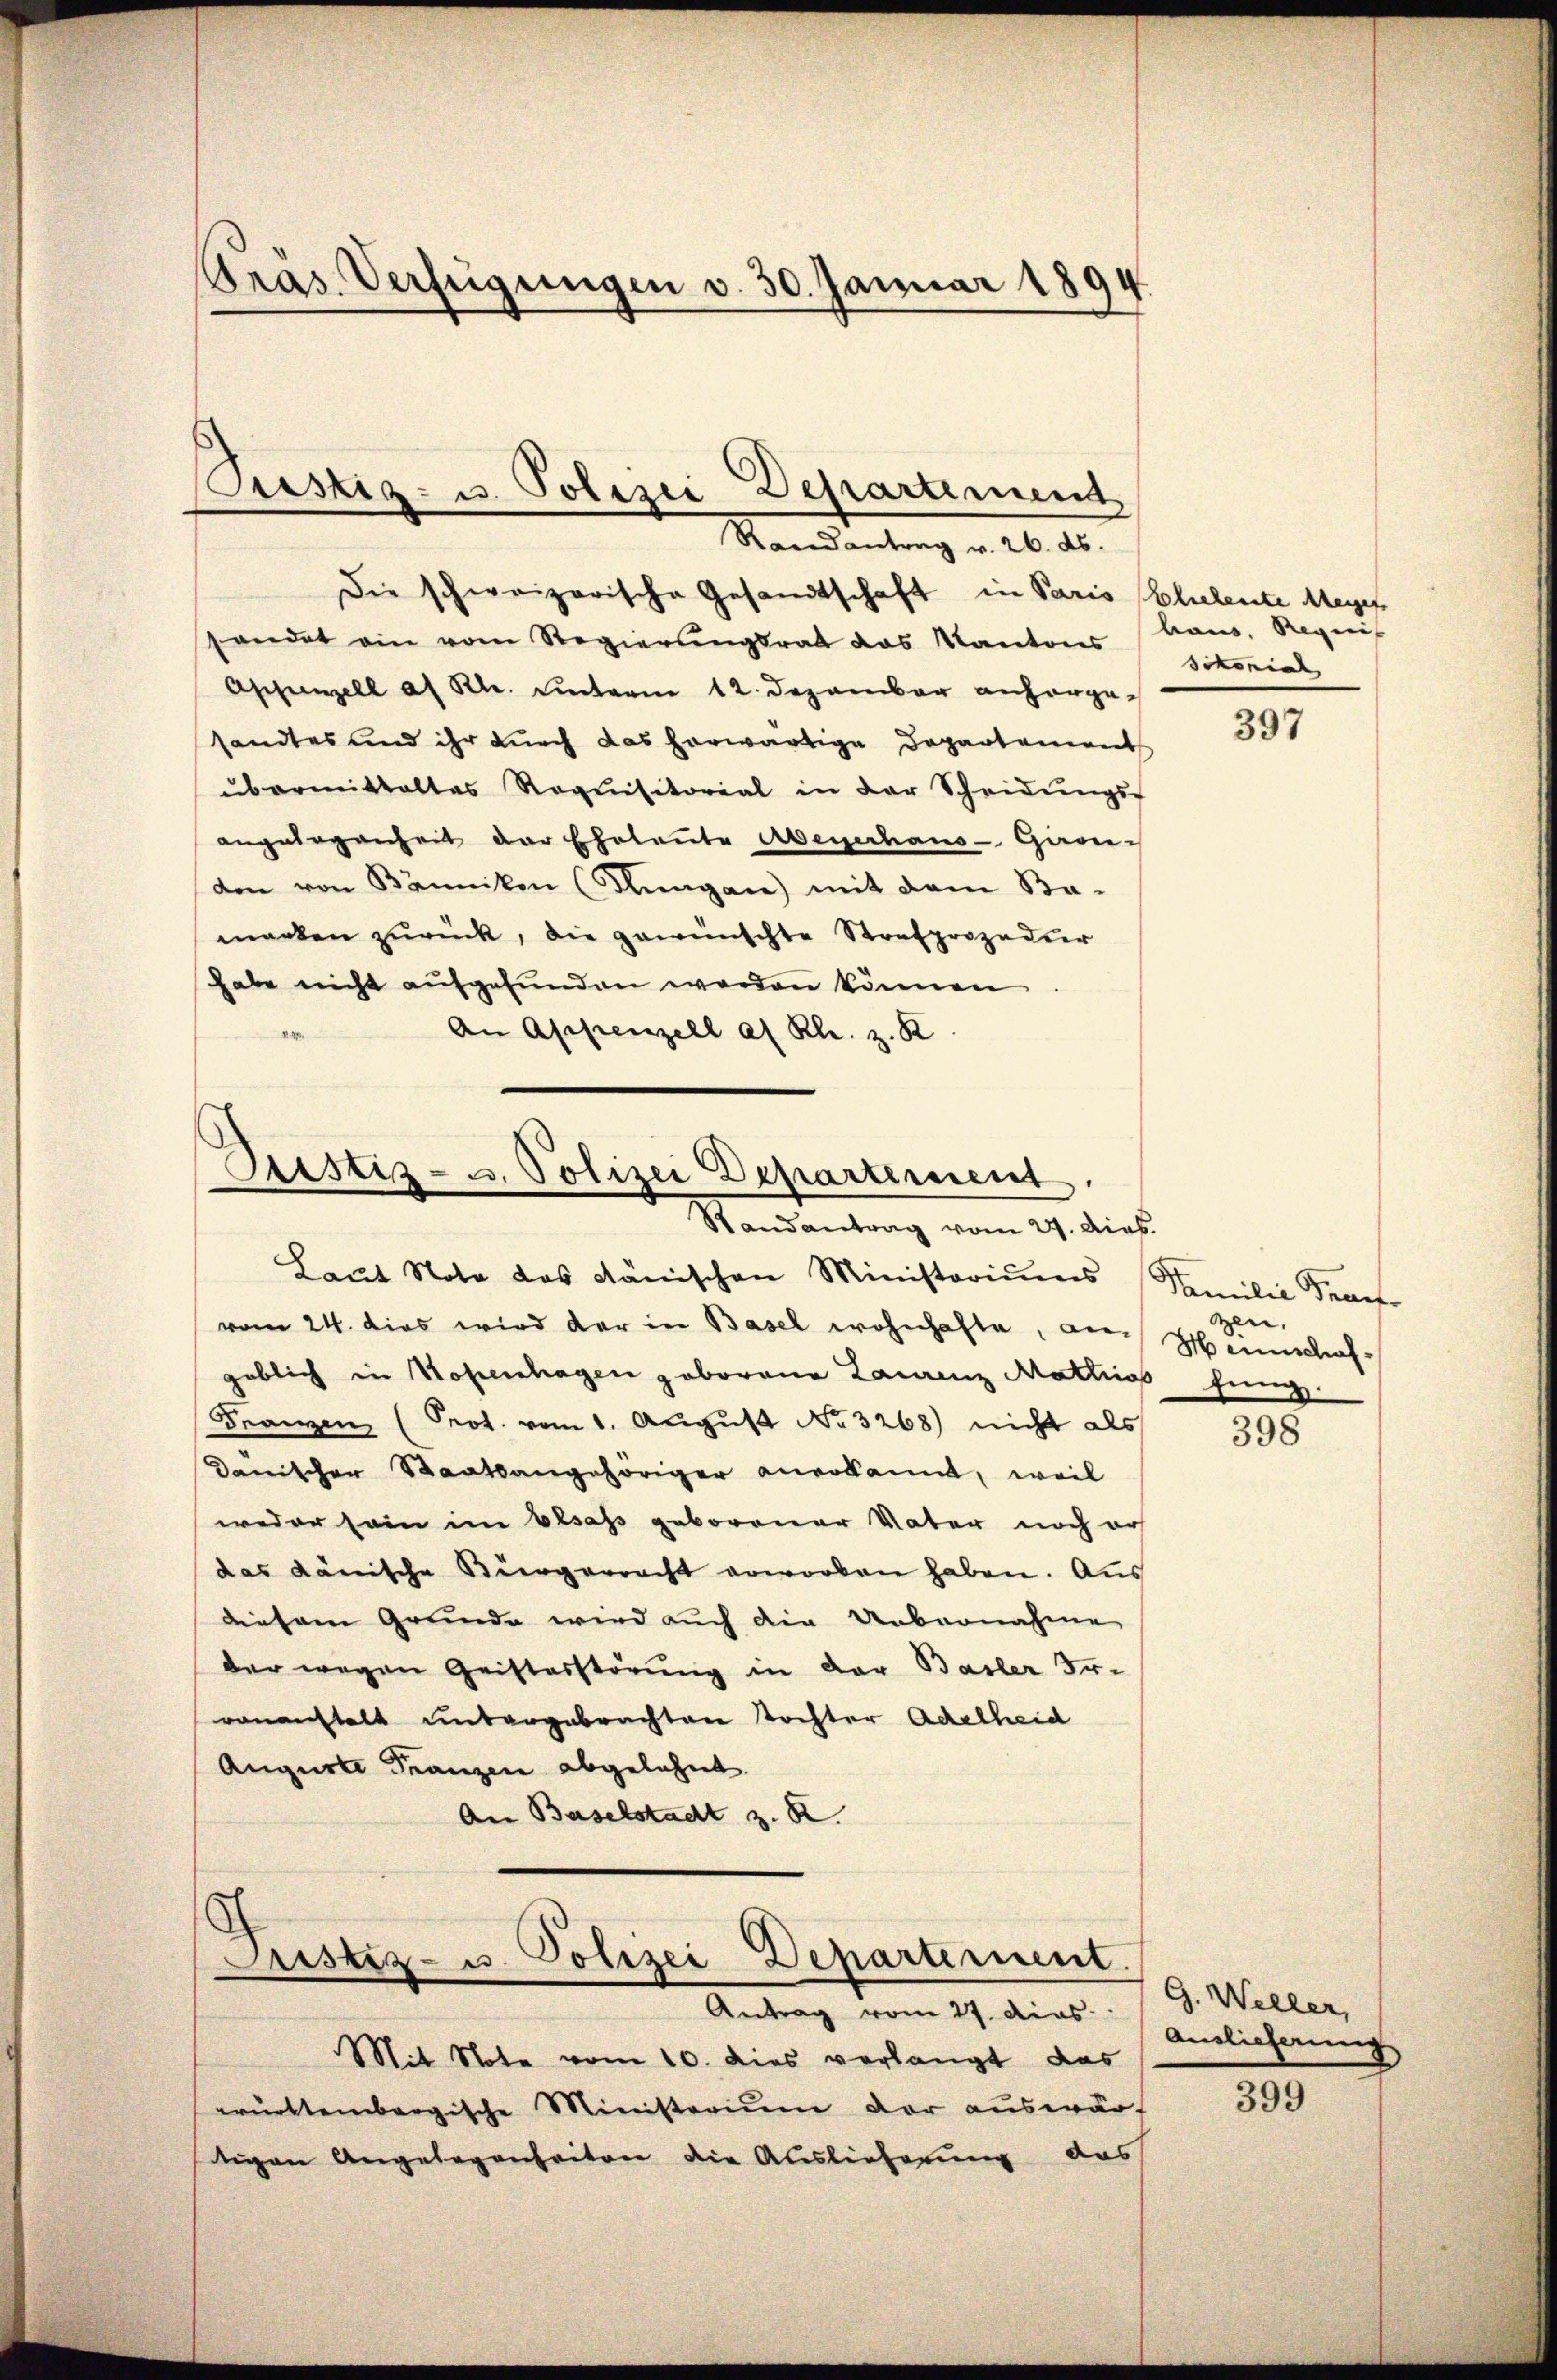
Gras Verfügungen v. 30. Januar 1894
x

Die schweizerische Gesandtschaft in Paris Ehelente Megef
handet ein vom Regierungsrat das Kantons
Appenzell a. Rh. unterm 12. Dezember anhergesandtes und ihr durch das herwärtige Departement
übermittaltes Requisitorial in der Scheidŭngs-
angelegenheit der Eheleute Abenerhaus-Gareden von Bännikon (Kungen) mit dem Ba-
marken zŭrück, die gewünschte Strafprozedier
habe nicht aufgefunden werden können
An Appenzell a. Rh. z. K

Custiz- u. Polizei Departement
Randantrag v. 26. ds.

Justiz- u. Polizei Departement
Randantrag vom 27. Dieb.

Laŭt Note das dänischen Ministoriums Familie Benef
vom 24. dies wird der in Basel wohnhafte, an Heimschafgeblich in Hohenshagen geborene Laurenz Mathias fung
Franzen (Prot. vom 1. August No. 3268) nicht als
Dänischer Staatsangehöriger anerkannt, weil
weder sein im besass geborener Vater noch ers
das dänische Bürgerracht erworben haben. Aus
diesem Grunde wird auch die Uebernahme
der wegen Geistesstörung in der Basler Fr.
renanstalt untergebrachten Tochter Achelheid
Auguste Franzen abgelehnt.
An Baselstadt z. B.

s
Justiz- u. Polizei Departement.
Antrag vom 27. dies

Mit Note vom 10. dies verlangt das
württembergische Ministerium der auswärt
tigen Angelegenheiten die Auslieferung das

haus, Regnis
sckonial

397

gen,

398

G. Weller,
Anslieferung

399